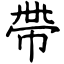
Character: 帶